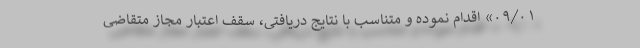
۰۹/۰۱» اقدام نموده و متناسب با نتایج دریافتی، سقف اعتبار مجاز متقاضی